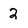
Character: 2